Document type: Dowry acquittance
Year: 1427
Scribe: Pere Tarafa
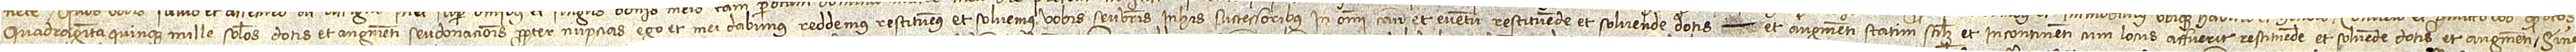
quadraginta quinque mille solidos dotis et augmenti seu donacionis propter nupcias ego et mei dabimus, reddemus, restituemus et solvemus vobis seu vestris in his successoribus in omni casu et eventu restituende et solvende dotis  et augmenti, statim scilicet et incontinenti cum locus affuerit restituende et solvende dotis et augmenti, sine